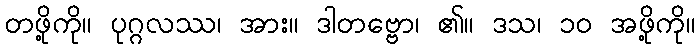
တဖို့ကို။ ပုဂ္ဂလဿ၊ အား။ ဒါတဗ္ဗော၊ ၏။ ဒသ၊ ၁၀ အဖို့ကို။